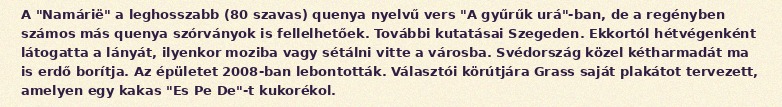
A "Namárië" a leghosszabb (80 szavas) quenya nyelvű vers "A gyűrűk urá"-ban, de a regényben számos más quenya szórványok is fellelhetőek. További kutatásai Szegeden. Ekkortól hétvégenként látogatta a lányát, ilyenkor moziba vagy sétálni vitte a városba. Svédország közel kétharmadát ma is erdő borítja. Az épületet 2008-ban lebontották. Választói körútjára Grass saját plakátot tervezett, amelyen egy kakas "Es Pe De"-t kukorékol.